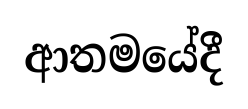
ආතමයේදී